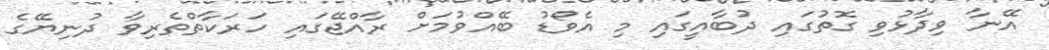
އޭނާ ވިދާޅުވި ގޮތުގައި ދުބާއީގައި މި އެވޯޑު ބޭއްވުމަށް ރާއްޖޭގައި ހަރަކާތްތެރިވާ ދުނިޔޭގެ